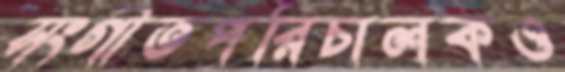
সংগীতপরিচালকও